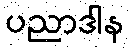
ပညာဒါန